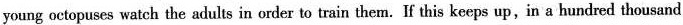
young octopuses watch the adults in order to train them. If this keeps up,in a hundred thousand